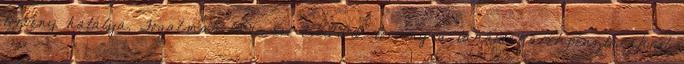
törvény hatálya. Fogalmak 1996. évi CXIII. törvény a lakástakarékpénztárakról